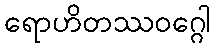
ရောဟိတဿဝဂ္ဂေါ